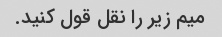
میم زیر را نقل قول کنید.